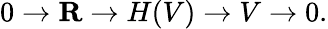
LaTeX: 0\to\mathbf{R}\to H(V)\to V\to 0.